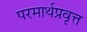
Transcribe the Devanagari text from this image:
परमार्थप्रवृत्त